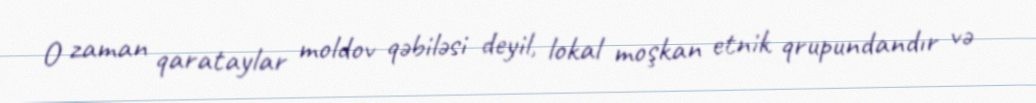
O zaman qarataylar moldov qəbiləsi deyil, lokal moşkan etnik qrupundandır və